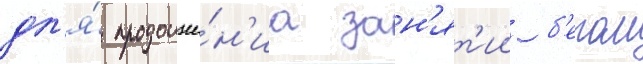
дл'я́ продолже́н'иа зан'ят'ии б'егом